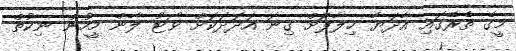
މީގެ ތެރޭގައި އާދަޔާ ޚިލާފަށް ގިނަ އަދަދަކަށް ވޯޓު ލާން މީހުން ނިކުތް